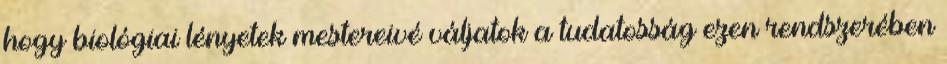
hogy biológiai lényetek mestereivé váljatok a tudatosság ezen rendszerében